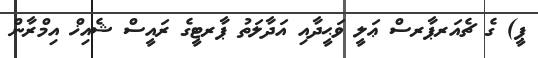
ޕީ) ގެ ޗެއަރޕާރސް ޢަލީ ވަޙީދާއި އަދާލަތު ޕާރޓީގެ ރައީސް ޝެއިޚް އިމްރާން